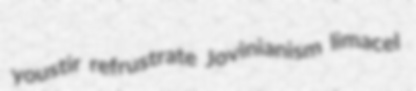
youstir refrustrate Jovinianism limacel